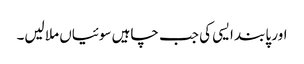
اور پابند ایسی کی جب چاہیں سوئیاں ملا لیں۔